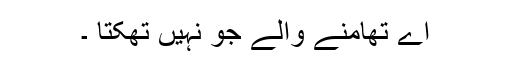
اے تھامنے والے جو نہیں تھکتا ۔